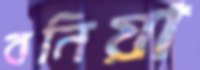
বনিয়া